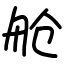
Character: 舱